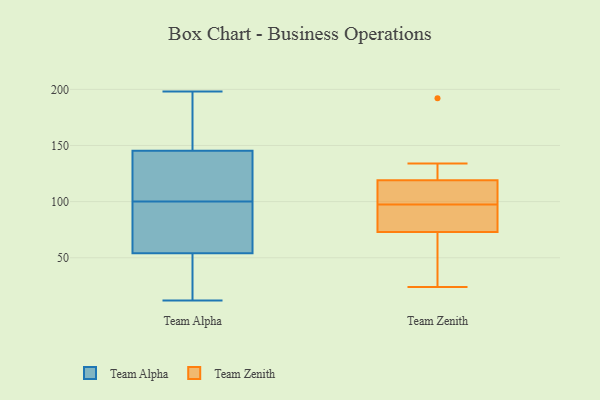
{"axis": {"x": "LTV (USD)", "y": "Value"}, "legend": ["Team Alpha", "Team Zenith"], "data": [{"x": "", "y": 99, "type": "Team Alpha"}, {"x": "", "y": 35, "type": "Team Alpha"}, {"x": "", "y": 12, "type": "Team Alpha"}, {"x": "", "y": 152, "type": "Team Alpha"}, {"x": "", "y": 198, "type": "Team Alpha"}, {"x": "", "y": 117, "type": "Team Alpha"}, {"x": "", "y": 98, "type": "Team Alpha"}, {"x": "", "y": 125, "type": "Team Alpha"}, {"x": "", "y": 31, "type": "Team Alpha"}, {"x": "", "y": 43, "type": "Team Alpha"}, {"x": "", "y": 100, "type": "Team Alpha"}, {"x": "", "y": 177, "type": "Team Alpha"}, {"x": "", "y": 87, "type": "Team Alpha"}, {"x": "", "y": 175, "type": "Team Alpha"}, {"x": "", "y": 105, "type": "Team Alpha"}, {"x": "", "y": 24, "type": "Team Zenith"}, {"x": "", "y": 80, "type": "Team Zenith"}, {"x": "", "y": 99, "type": "Team Zenith"}, {"x": "", "y": 111, "type": "Team Zenith"}, {"x": "", "y": 134, "type": "Team Zenith"}, {"x": "", "y": 96, "type": "Team Zenith"}, {"x": "", "y": 192, "type": "Team Zenith"}, {"x": "", "y": 119, "type": "Team Zenith"}, {"x": "", "y": 73, "type": "Team Zenith"}, {"x": "", "y": 63, "type": "Team Zenith"}]}